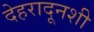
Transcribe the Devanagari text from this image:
देहरादूनशी